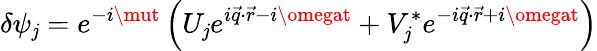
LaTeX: \delta\psi_{\mathit{j}}=e^{-i\mut}\left(U_{\mathit{j}}e^{i\vec{{q}}\cdot\vec{{r}}-i\omegat}+V_{\mathit{j}}^{*}e^{-i\vec{{q}}\cdot\vec{{r}}+i\omegat}\right)